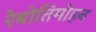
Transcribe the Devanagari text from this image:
रेबोतिमोहन